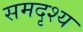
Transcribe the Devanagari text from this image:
समदृश्य